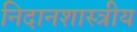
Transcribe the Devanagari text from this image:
निदानशास्त्रीय